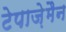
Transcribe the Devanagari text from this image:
टेपाज़ेमैन